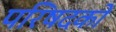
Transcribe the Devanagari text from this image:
परिषदको